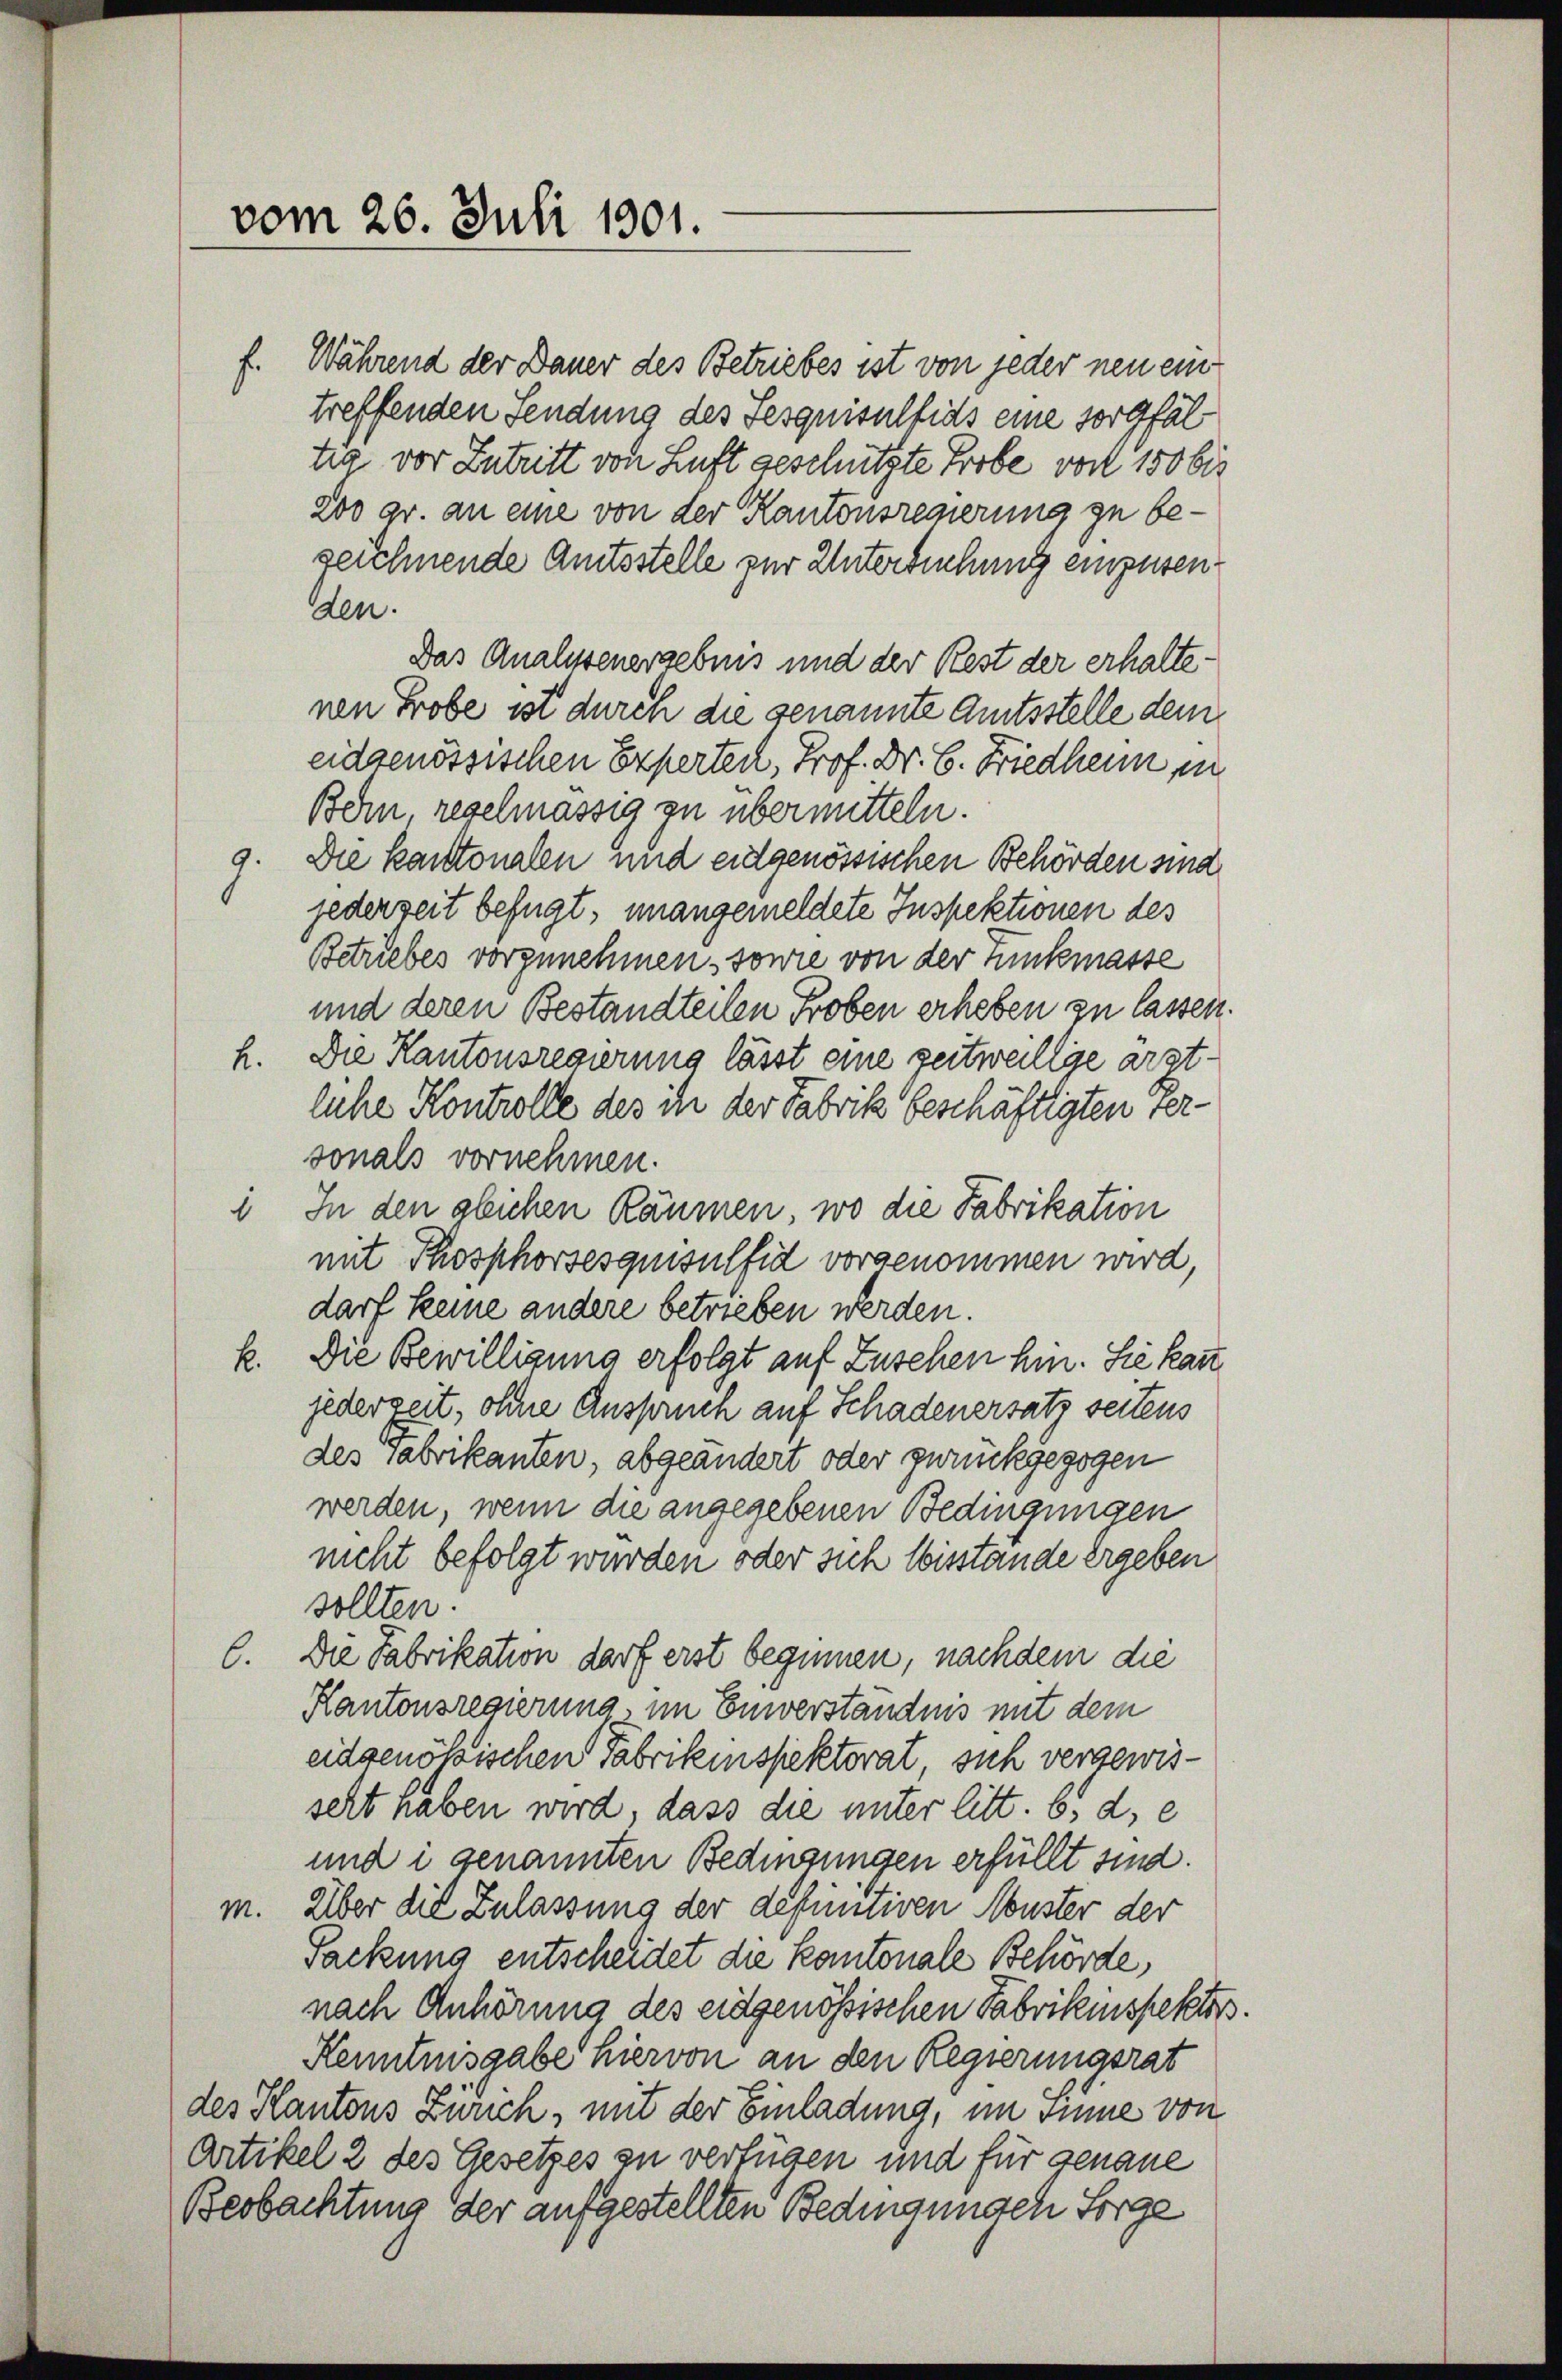
vom 26. Juli 1801.

f. Während der Dauer des Betriebes ist von jeder neu eintreffenden Sendung des Sesquisultias eine sorgfältia vor Zutritt von Luft geschützte Probe vor 150 bis
200 gr. an eine von der Kantonsregierung zu bezeichnende Amtsstelle zur Untersuchung einzusenden.
Das Analissenergebnis und der Rest der erhalte
nen Probe ist durch die genannte Amtsstelle dem
eidgenössischen Experten, Prof. Dr. C. Friedheim in
Bern, regelmässig zu übermitteln.
9. Die kantonalen und eidgenössischen Behörden sind
jederzeit befugt, unangemeldete Inspektionen des
Betriebes vorzunehmen, sowie von der Tunkmasse
und deren Bestandteilen Proben erheben zu lassen.
h. Die Kantonsregierung lässt eine zeitweillige argtliche Kontrolle des in der Fabrik beschäftigten versonals vornehmen.
: In den gleichen Räumen, wo die Fabrikation
mit Thosphorsesquisulfid vorgenommen wird,
darf keine andere betrieben werden.
k. Die Bewilligung erfolgt auf Zuschen hin. Sie kann
jederzeit, ohne Anspruch auf Schadenersatz seitens
des Fabrikanten, abgeändert oder zurückgezogen
werden, wenn die angegebenen Bedingungen
nicht befolgt wurden oder sich bisstände ergeben
sollten.
C. Die Fabrikation darf erst beginnen, nachdem die
Kantonsregierung, im Einverständnis mit dem
eidgenössischen Fabrikinspektorat, sich vergewisseht haben wird dass die unter litt. b. d, e
und i genannten Bedingungen erfüllt sind.
m. Über die Zulassung der definitiven Muster der
Packung entscheidet die kantonale Behörde,
nach Anhörung des eidgenössischen Fabrikinspektor
Kenntnisgabe hiervon an den Regierungsrat
des Kantons Zürich, mit der Einladung, im Sinne von
Artikel 2 des Gesetzes zu verfügen und für genaue
Beobachtung der aufgestellten Bedingungen Sorge